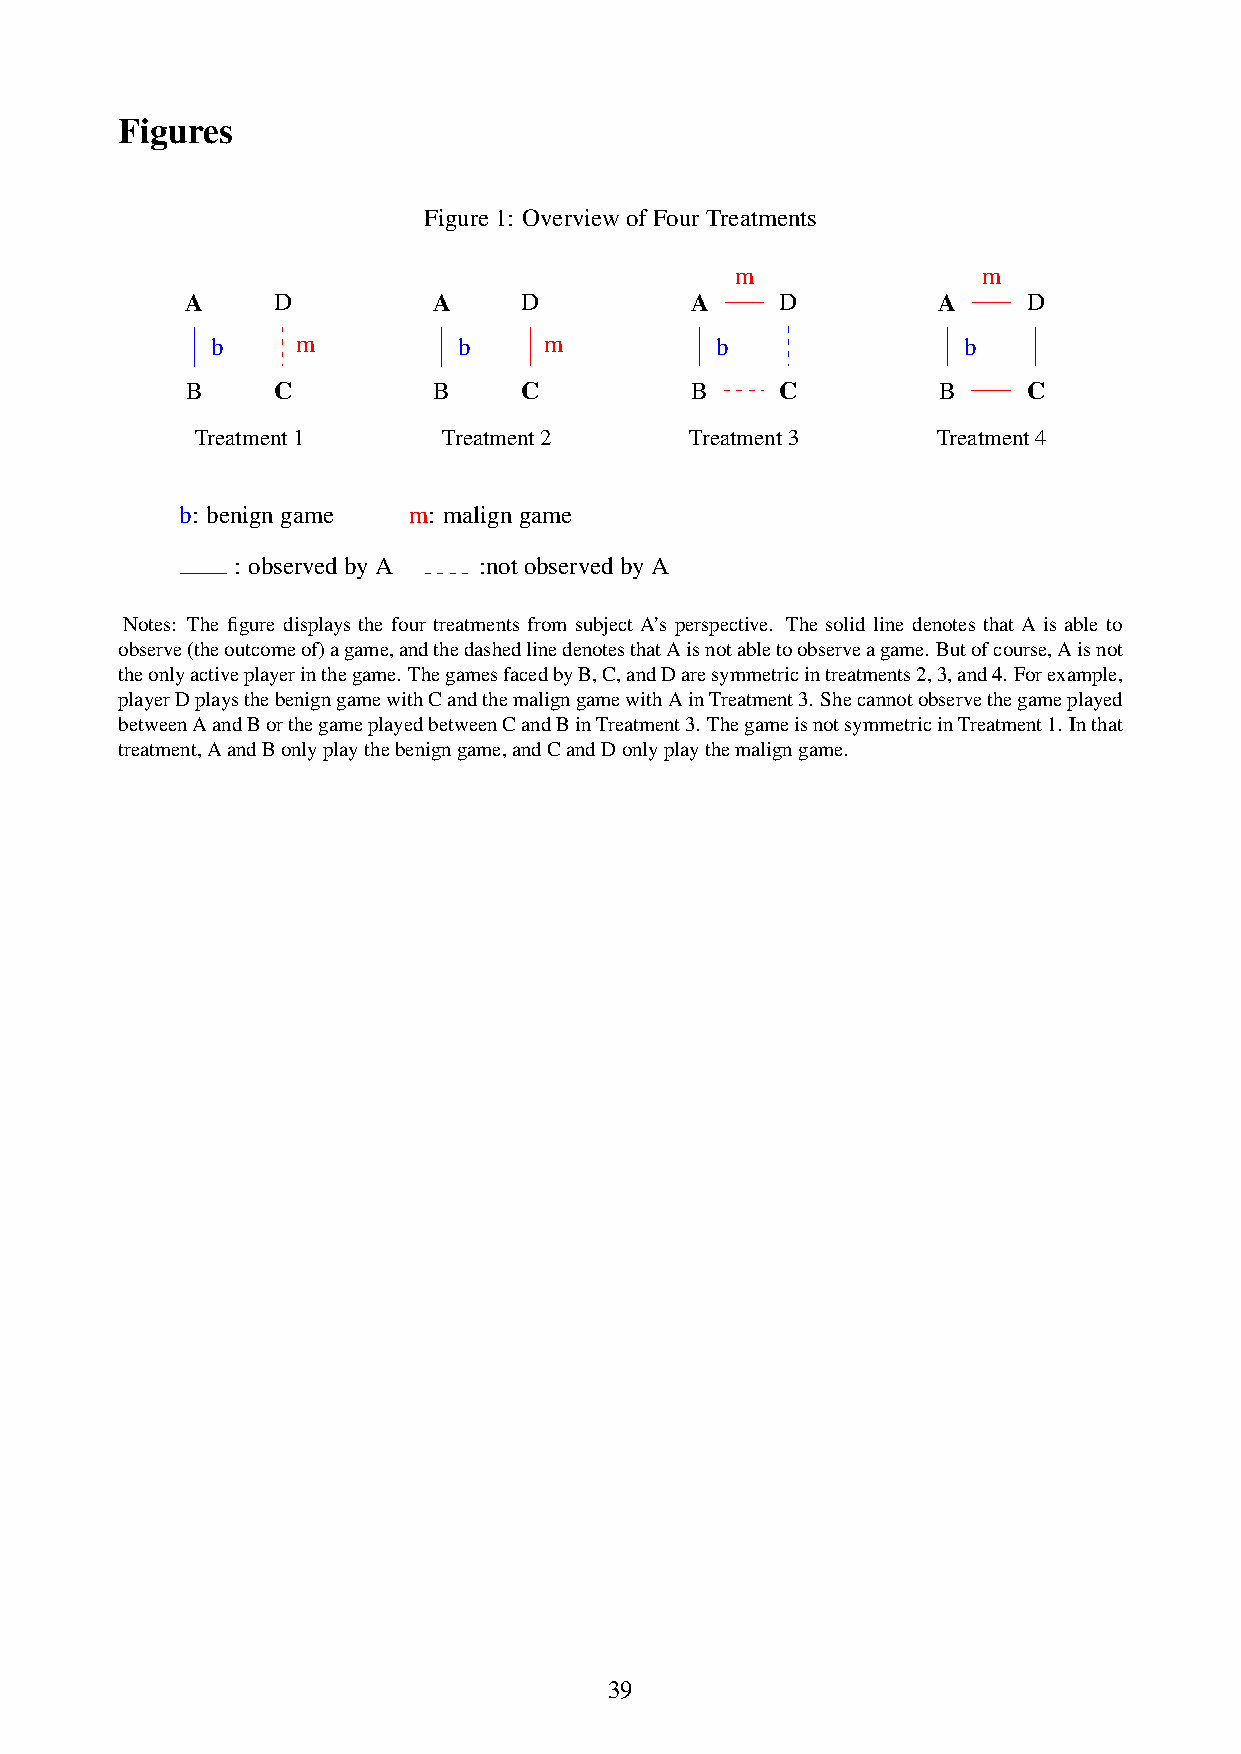
Figures
 Figure1: OverviewofFourTreatments
 m               m
 A     D          A    D           A     D         A     D
 b     m         b     m          b                b
 B     C          B    C           B     C         B     C
 Treatment1      Treatment2       Treatment3      Treatment4
 b: benigngame  m: maligngame
 : observedbyA    :notobservedbyA
 Notes: The figure displays the four treatments from subject A’s perspective. The solid line denotes that A is able to
 observe(theoutcomeof)agame,andthedashedlinedenotesthatAisnotabletoobserveagame. Butofcourse,Aisnot
 theonlyactiveplayerinthegame. ThegamesfacedbyB,C,andDaresymmetricintreatments2,3,and4. Forexample,
 playerDplaysthebenigngamewithCandthemaligngamewithAinTreatment3. Shecannotobservethegameplayed
 betweenAandBorthegameplayedbetweenCandBinTreatment3. ThegameisnotsymmetricinTreatment1. Inthat
 treatment,AandBonlyplaythebenigngame,andCandDonlyplaythemaligngame.
 39